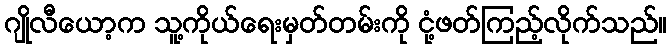
ဂျိုလီယော့က သူ့ကိုယ်ရေးမှတ်တမ်းကို ငုံ့ဖတ်ကြည့်လိုက်သည်။